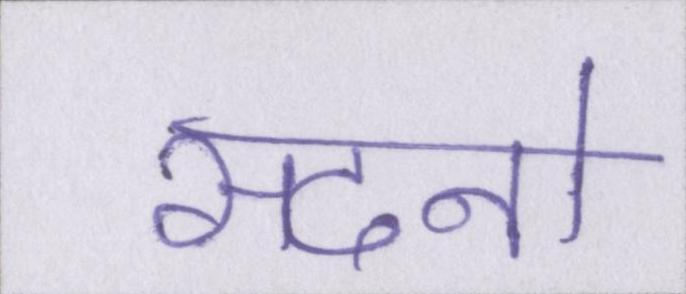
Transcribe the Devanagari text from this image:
सदनो